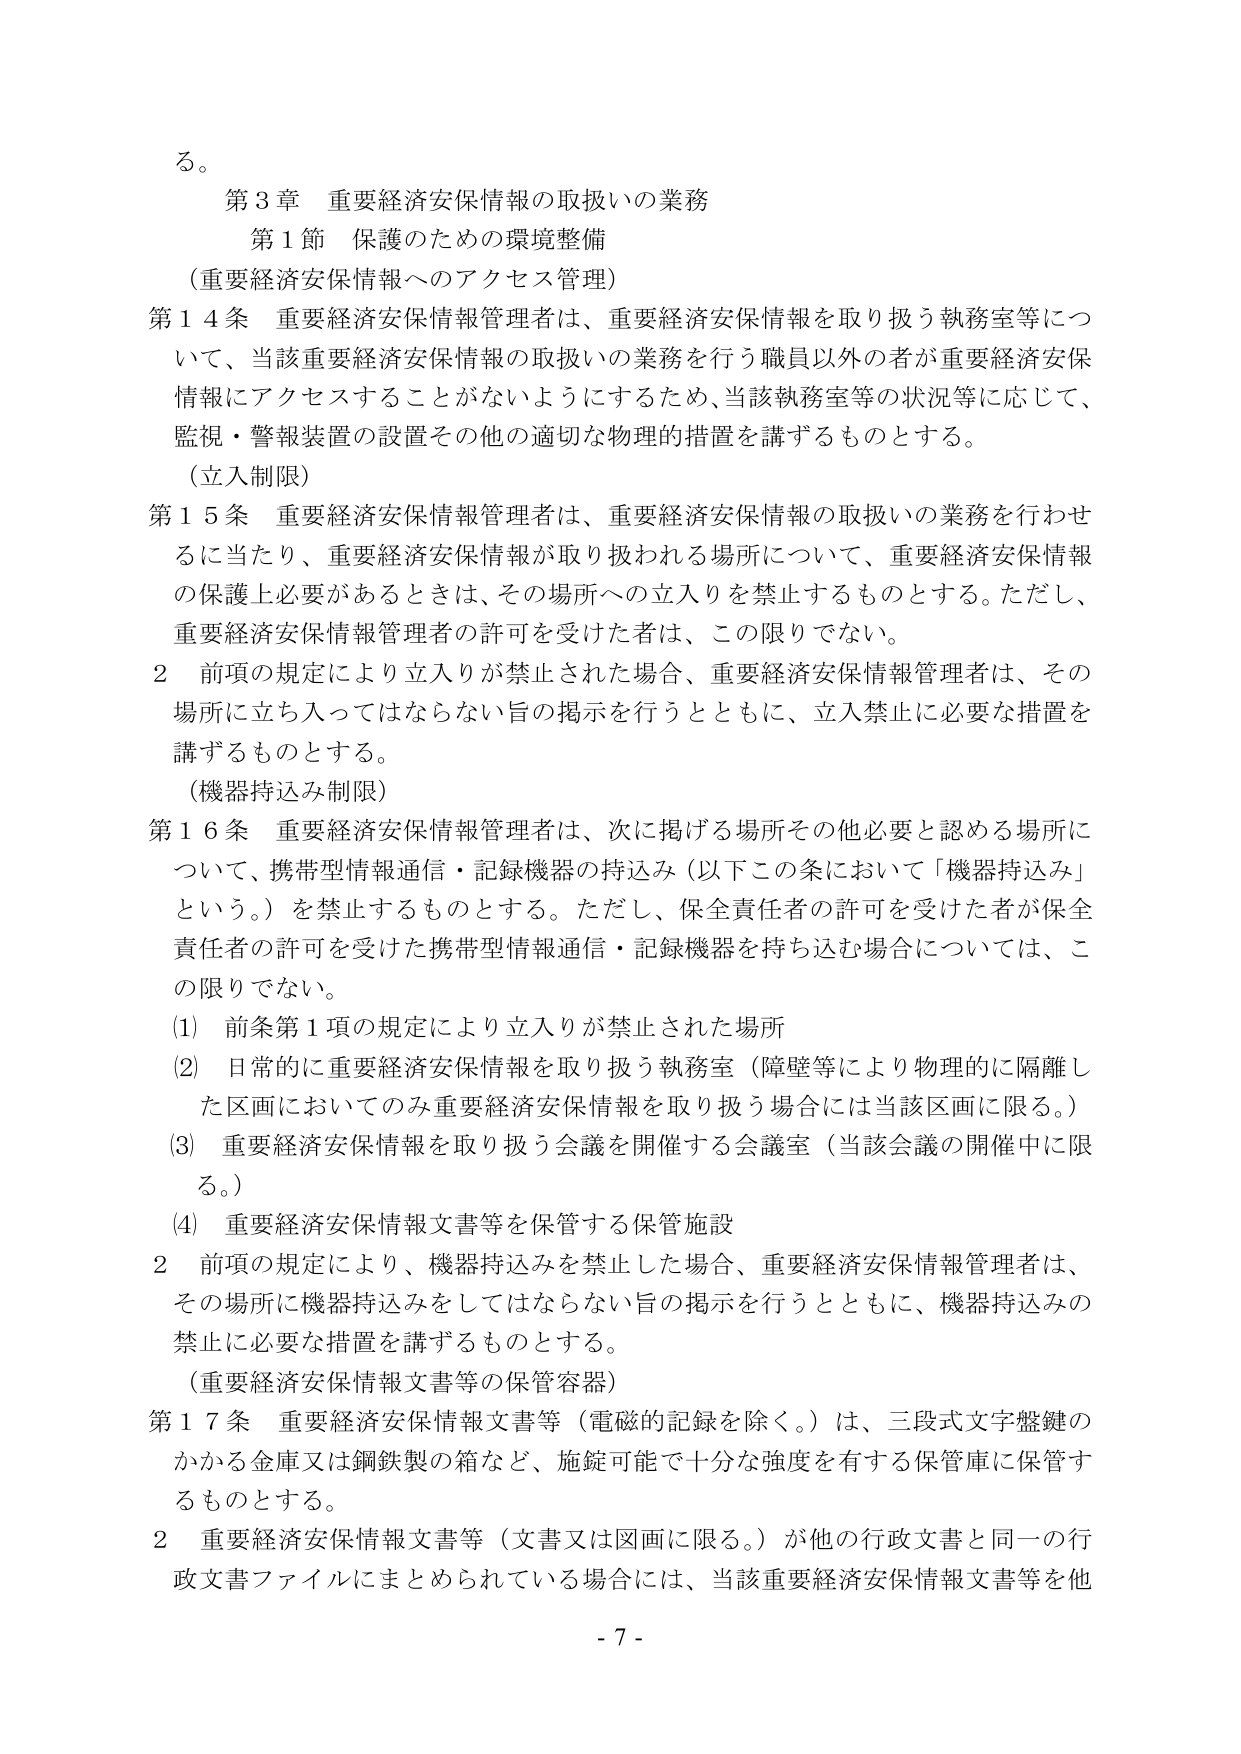
る。

第３章 重要経済安保情報の取扱いの業務

第１節 保護のための環境整備

（重要経済安保情報へのアクセス管理）

第１４条 重要経済安保情報管理者は、重要経済安保情報を取り扱う執務室等について、当該重要経済安保情報の取扱いの業務を行う職員以外の者が重要経済安保情報にアクセスすることがないようにするため、当該執務室等の状況等に応じて、監視・警報装置の設置その他の適切な物理的措置を講ずるものとする。

（立入制限）

第１５条 重要経済安保情報管理者は、重要経済安保情報の取扱いの業務を行わせるに当たり、重要経済安保情報が取り扱われる場所について、重要経済安保情報の保護上必要があるときは、その場所への立入りを禁止するものとする。ただし、重要経済安保情報管理者の許可を受けた者は、この限りでない。

２ 前項の規定により立入りが禁止された場合、重要経済安保情報管理者は、その場所に立ち入ってはならない旨の掲示を行うとともに、立入禁止に必要な措置を講ずるものとする。

（機器持込み制限）

第１６条 重要経済安保情報管理者は、次に掲げる場所その他必要と認める場所について、携帯型情報通信・記録機器の持込み（以下この条において「機器持込み」という。）を禁止するものとする。ただし、保全責任者の許可を受けた者が保全責任者の許可を受けた携帯型情報通信・記録機器を持ち込む場合については、この限りでない。

(1) 前条第１項の規定により立入りが禁止された場所

(2) 日常的に重要経済安保情報を取り扱う執務室（障壁等により物理的に隔離した区画においてのみ重要経済安保情報を取り扱う場合には当該区画に限る。）

(3) 重要経済安保情報を取り扱う会議を開催する会議室（当該会議の開催中に限る。）

(4) 重要経済安保情報文書等を保管する保管施設

２ 前項の規定により、機器持込みを禁止した場合、重要経済安保情報管理者は、その場所に機器持込みをしてはならない旨の掲示を行うとともに、機器持込みの禁止に必要な措置を講ずるものとする。

（重要経済安保情報文書等の保管容器）

第１７条 重要経済安保情報文書等（電磁的記録を除く。）は、三段式文字盤鍵のかかる金庫又は鋼鉄製の箱など、施錠可能で十分な強度を有する保管庫に保管するものとする。

２ 重要経済安保情報文書等（文書又は図画に限る。）が他の行政文書と同一の行政文書ファイルにまとめられている場合には、当該重要経済安保情報文書等を他

- 7 -